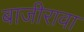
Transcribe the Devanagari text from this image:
बाजीरावा